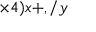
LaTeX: \times 4 ) x + , / y